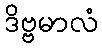
ဒိဗ္ဗမာလံ